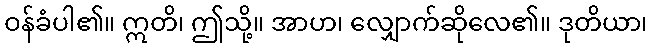
ဝန်ခံပါ၏။ ဣတိ၊ ဤသို့။ အာဟ၊ လျှောက်ဆိုလေ၏။ ဒုတိယာ၊